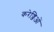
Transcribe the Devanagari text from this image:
करेज्जिओं